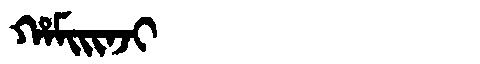
Manchu: ᡥᠠᠮᡳᡳᠨᠵᡳ
Romanization: HAMIINJI